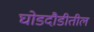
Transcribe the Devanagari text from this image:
घोडदौडीतील